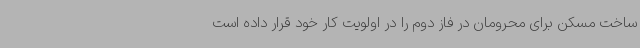
ساخت مسکن برای محرومان در فاز دوم را در اولویت کار خود قرار داده است